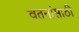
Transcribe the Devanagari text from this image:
वतनांसाठी